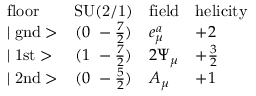
\begin{array} { l c l l } { { \mathrm { f l o o r } } } & { { \mathrm { S U ( 2 / 1 ) } } } & { { \mathrm { f i e l d } } } & { { \mathrm { h e l i c i t y } } } \\ { { \mid \mathrm { g n d } > } } & { { ( 0 ~ - \frac { 7 } { 2 } ) } } & { { e _ { \mu } ^ { a } } } & { { + 2 } } \\ { { \mid \mathrm { 1 s t } > } } & { { ( 1 ~ - \frac { 7 } { 2 } ) } } & { { 2 \Psi _ { \mu } } } & { { + \frac { 3 } { 2 } } } \\ { { \mid \mathrm { 2 n d } > } } & { { ( 0 ~ - \frac { 5 } { 2 } ) } } & { { A _ { \mu } } } & { { + 1 } } \end{array}